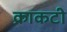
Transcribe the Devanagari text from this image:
क्राकटी